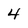
Character: 4